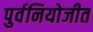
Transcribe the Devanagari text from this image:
पुर्वनियोजीत